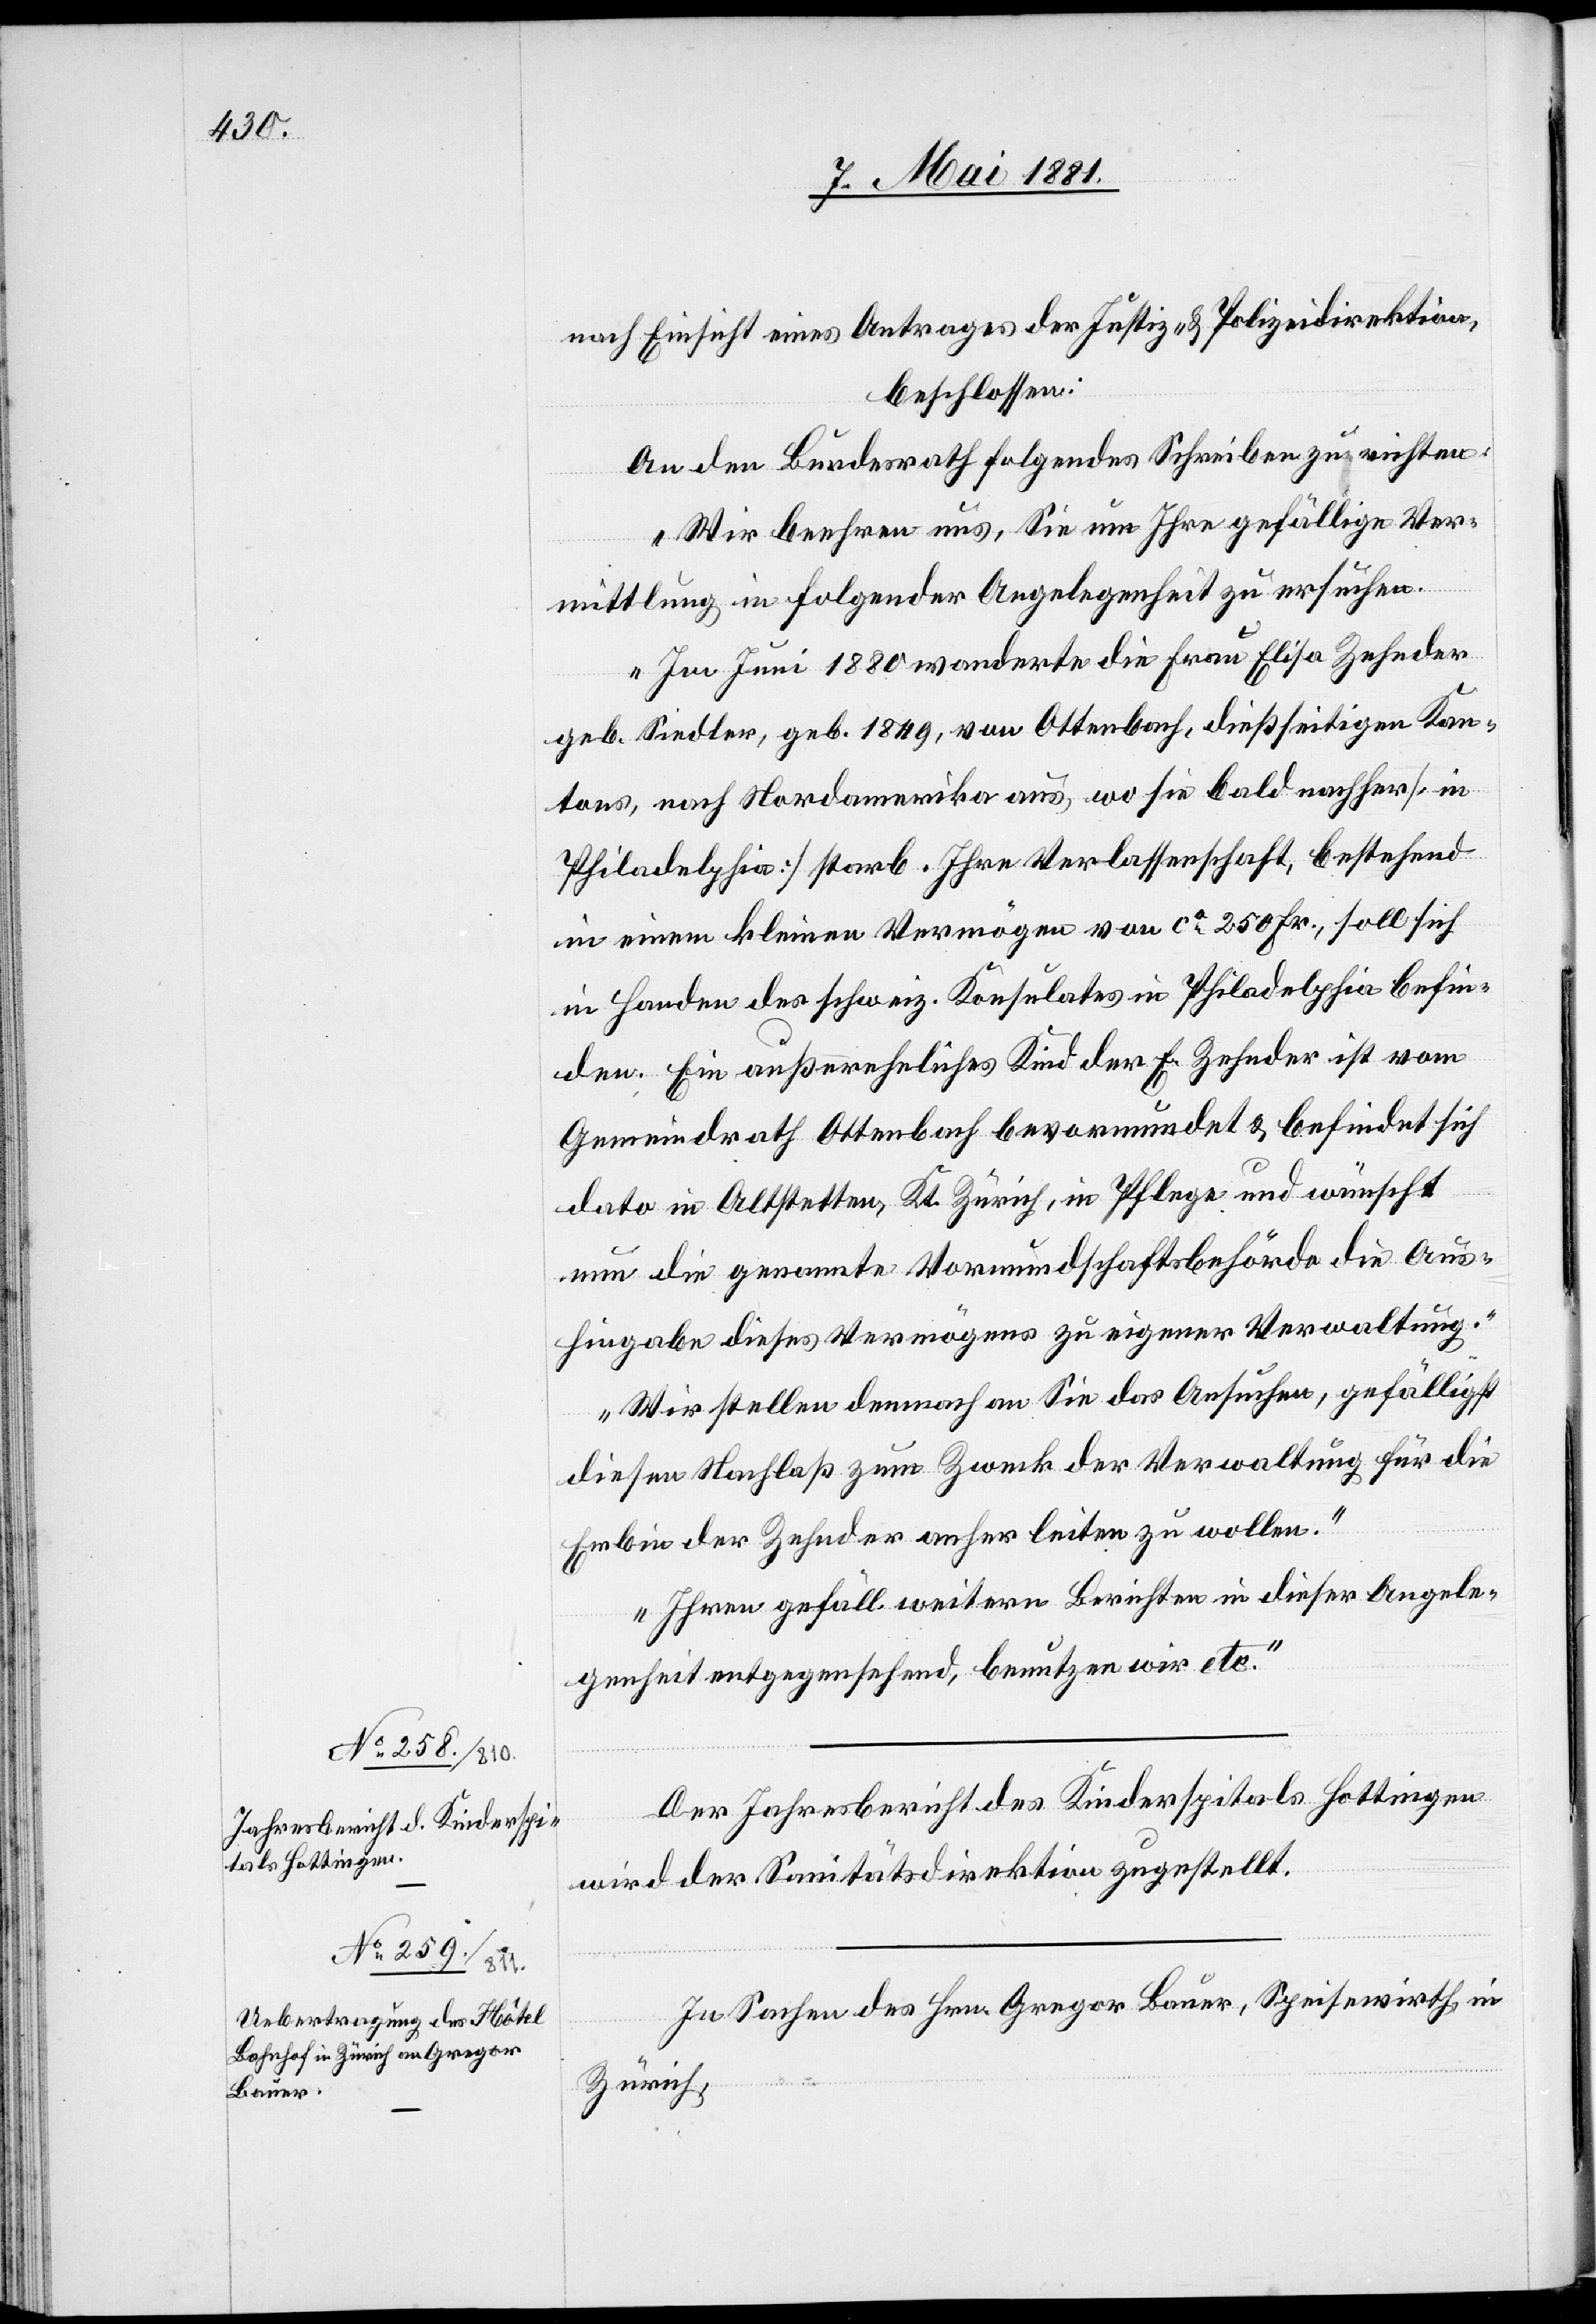
nach Einsicht eines Antrages der Justiz- & Polizeidirektion,
beschlossen:
An den Bundesrath folgendes Schreiben zu richten:
„Wir beehren uns, Sie um Ihre gefällige Ver¬
mittlung in folgender Angelegenheit zu ersuchen.
Im Juni 1880 wanderte die Frau Elisa Zehnder
geb. Siedler, geb. 1849, von Ottenbach, dießseitigen Kan¬
tons, nach Nordamerika aus, wo sie bald nachher [in
Philadelphia] starb. Ihre Verlassenschaft, bestehend
in einem kleinen Vermögen von ca 250Fr., soll sich
in Handen des schweiz. Konsulates in Philadelphia befin¬
den. Ein außereheliches Kind der E. Zehnder ist vom
Gemeindrath Ottenbach bevormundet & befindet sich
dato in Altstetten, Kt. Zürich, in Pflege und wünscht
nun die genannte Vormundschaftsbehörde die Aus¬
hingabe dieses Vermögens zu eigener Verwaltung.
Wir stellen demnach an Sie das Ansuchen, gefälligst
diesen Nachlaß zum Zweck der Verwaltung für die
Erbin der Zehnder anher leiten zu wollen.
Ihren gefäll. weitern Berichte in dieser Angele¬
genheit entgegensehend, benutzen wir etc.“
Der Jahresbericht des Kinderspitals Hottingen
wird der Sanitätsdirektion zugestellt.
In Sachen des Hrn. Gregor Bauer, Speisewirth in
Zürich,